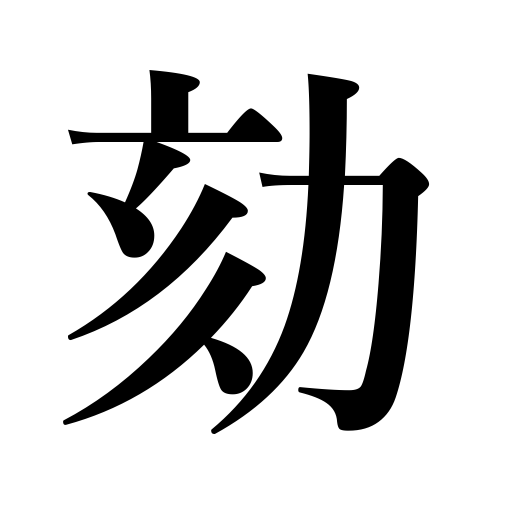
Meanings: criminal investigation